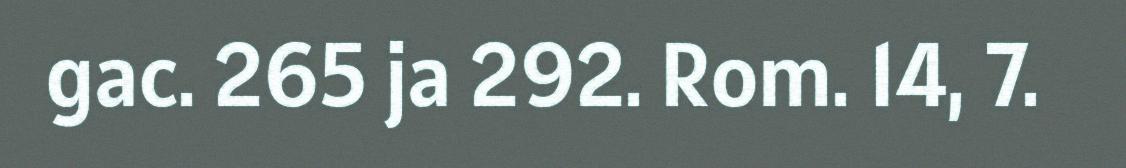
gac. 265 ja 292. Rom. 14, 7.